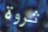
ثروة